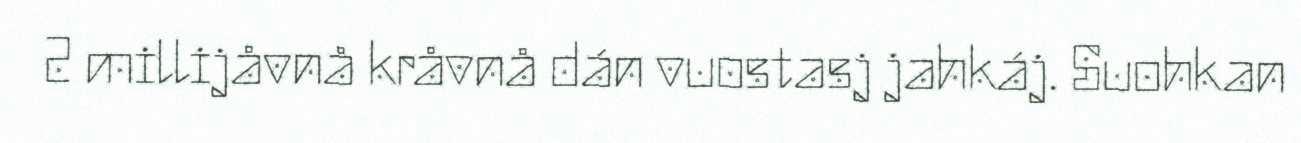
2 millijåvnå kråvnå dán vuostasj jahkáj. Suohkan